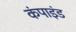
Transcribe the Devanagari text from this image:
कंपाइंड